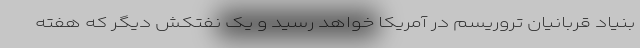
بنیاد قربانیان تروریسم در آمریکا خواهد رسید و یک نفتکش دیگر که هفته